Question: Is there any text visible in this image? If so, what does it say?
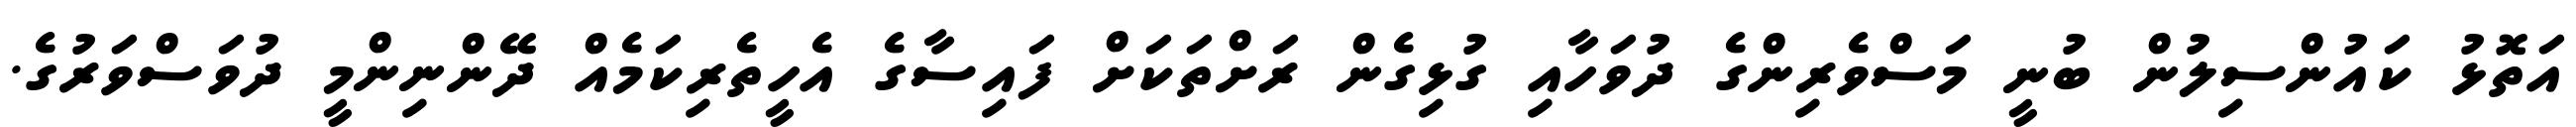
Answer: އަތޮޅު ކައުންސިލުން ބުނީ މަސްވެރިންގެ ދުވަހާއި ގުޅިގެން ރަށްތަކަށް ފައިސާގެ އެހީތެރިކަމެއް ދޭންނިންމީ ދުވަސްވަރުގެ.